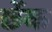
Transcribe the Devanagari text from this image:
छेंक